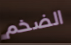
الضخم